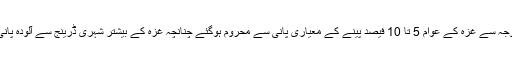
بار بار محاصروں اور جنگوں کی وجہ سے غزہ کے عوام 5 تا 10 فیصد پینے کے معیاری پانی سے محروم ہوگئے چنانچہ غزہ کے بیشتر شہری ڈرینج سے آلودہ پانی استعمال کرنے پر مجبور ہوگئے ۔